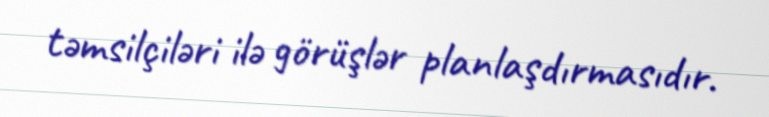
təmsilçiləri ilə görüşlər planlaşdırmasıdır.